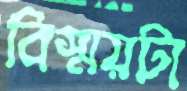
বিস্ময়টা